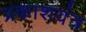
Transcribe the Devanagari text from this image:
प्रकाशयंत्र